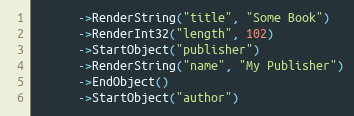
Language: C++
      ->RenderString("title", "Some Book")
      ->RenderInt32("length", 102)
      ->StartObject("publisher")
      ->RenderString("name", "My Publisher")
      ->EndObject()
      ->StartObject("author")